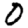
Digit: 0